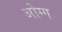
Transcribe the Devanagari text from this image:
ओग्ग